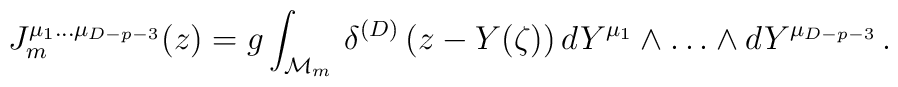
J_m^{\mu_1\ldots\mu_{D-p-3}}(z) = g\int_{{\cal M}_m}\,\delta^{(D)}\left(z-Y(\zeta)\right) dY^{\mu_1} \wedge\ldots\wedge dY^{\mu_{D-p-3}} \,.